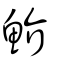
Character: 魪